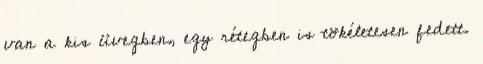
van a kis üvegben, egy rétegben is tökéletesen fedett.